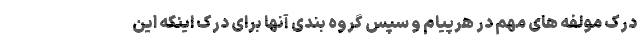
درک مولفه های مهم در هرپیام و سپس گروه بندی آنها برای درک اینکه این